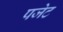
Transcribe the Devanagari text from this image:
पजेट